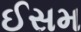
ઈસમ